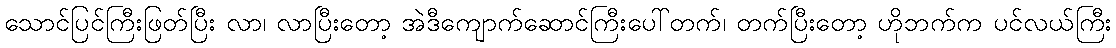
သောင်ပြင်ကြီးဖြတ်ပြီး လာ၊ လာပြီးတော့ အဲဒီကျောက်ဆောင်ကြီးပေါ်တက်၊ တက်ပြီးတော့ ဟိုဘက်က ပင်လယ်ကြီး